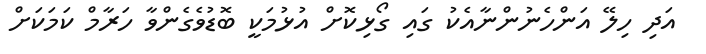
އަދި ހިލޭ އަންހެނުންނާއެކު ގައި ގޯޅިކޮށް އުޅުމަކީ ބޮޑުވެގެންވާ ހަރާމް ކަމަކަށް